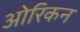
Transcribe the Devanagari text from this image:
ओरिकन